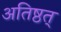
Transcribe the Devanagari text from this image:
अतिष्ठत्